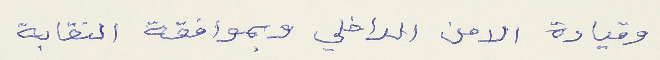
وقيادة الامن الداخلي وبموافقة النقابة